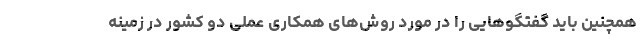
همچنین باید گفتگوهایی را در مورد روش‌های همکاری عملی دو کشور در زمینه